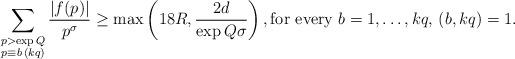
LaTeX: \begin{align*}\sum_{\substack{p> \exp{Q}\\p\equiv b\,(kq)}}\frac{|f(p)|}{p^{\sigma}}\geq \max\left(18R,\frac{2d}{\exp{Q\sigma}}\right),\hbox{for every }b=1,\ldots,kq,\,(b,kq)=1.\end{align*}